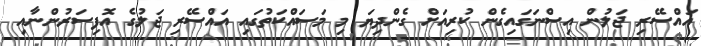
އައްސޭރި ޖަލުން އިސްނަގައިގެން ކުރިއަށް ގެންދިޔަ މި މަސައްކަތުގައި އައްސޭރި ޖަލުގެ އޮފިސަރުންނާއި